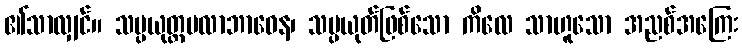
၏သာလျှင်။ သမ္ပယုတ္တမလာဘာဝေန၊ သမ္ပယုတ်ဖြစ်သော ကိလေ သာဟူသော အညစ်အကြေး